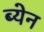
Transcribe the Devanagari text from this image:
ब्येन